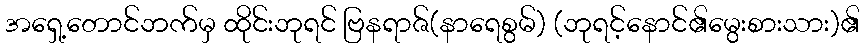
အရှေ့တောင်ဘက်မှ ထိုင်းဘုရင် ဗြနရာဇ်(နာရေစွမ်) (ဘုရင့်နောင်၏မွေးစားသား)၏